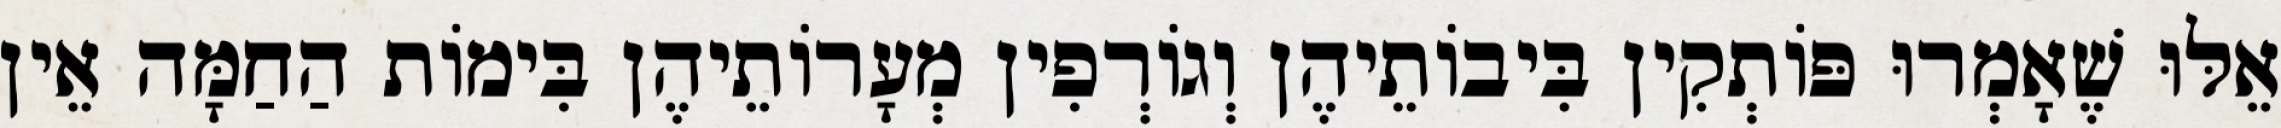
אֵלּוּ שֶׁאָמְרוּ פּוֹתְקִין בִּיבוֹתֵיהֶן וְגוֹרְפִין מְעָרוֹתֵיהֶן בִּימוֹת הַחַמָּה אֵין